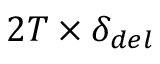
2 T \times \delta _ { d e l }